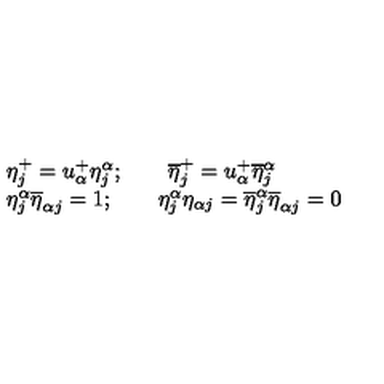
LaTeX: \begin{array} { l c r } { \eta _ { j } ^ { + } = u _ { \alpha } ^ { + } \eta _ { j } ^ { \alpha } ; \qquad \overline { { \eta } } _ { j } ^ { + } = u _ { \alpha } ^ { + } \overline { { \eta } } _ { j } ^ { \alpha } } \\ { \eta _ { j } ^ { \alpha } \overline { { \eta } } _ { \alpha j } = 1 ; \qquad \eta _ { j } ^ { \alpha } { \eta } _ { \alpha j } = \overline { { \eta } } _ { j } ^ { \alpha } \overline { { \eta } } _ { \alpha j } = 0 } \\ \end{array}